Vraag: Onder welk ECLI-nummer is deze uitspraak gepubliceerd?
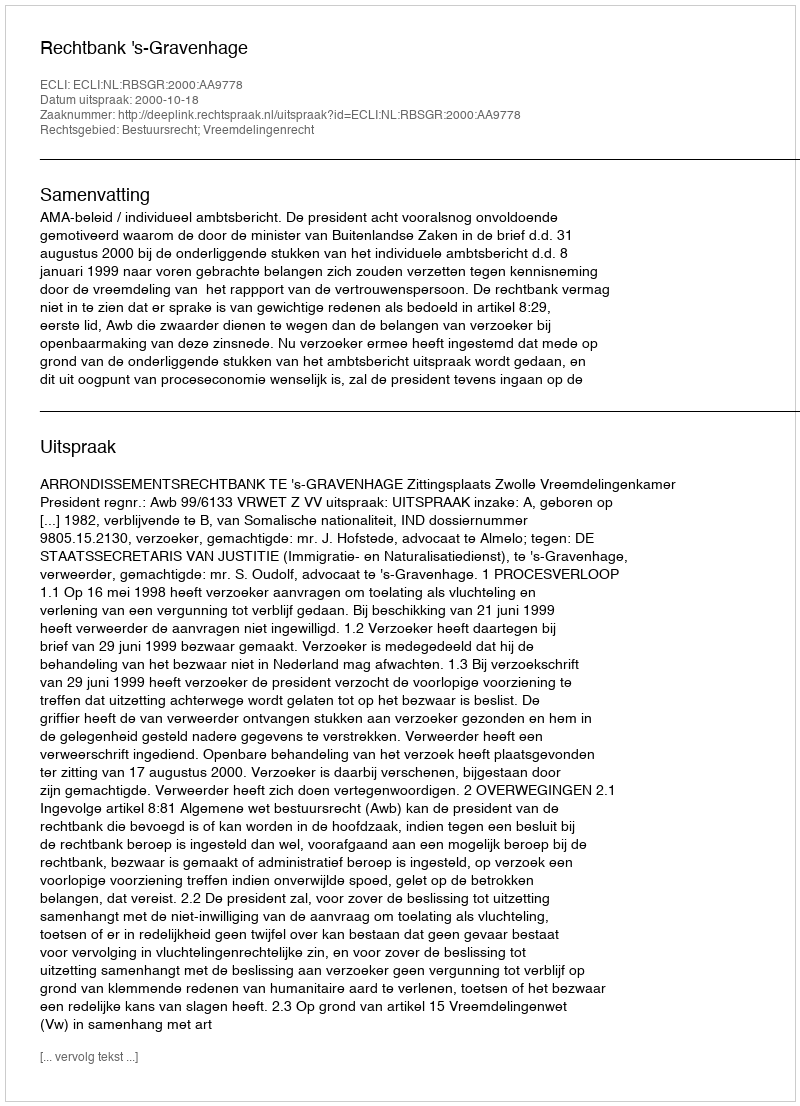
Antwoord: ECLI:NL:RBSGR:2000:AA9778